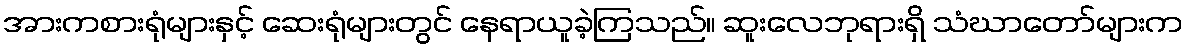
အားကစားရုံများနှင့် ဆေးရုံများတွင် နေရာယူခဲ့ကြသည်။ ဆူးလေဘုရားရှိ သံဃာတော်များက